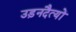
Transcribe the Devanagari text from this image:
उड़नदैत्यों